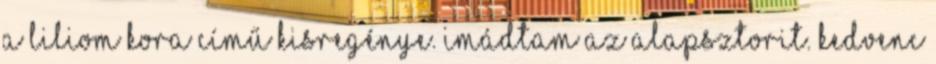
A liliom kora című kisregénye. Imádtam az alapsztorit. Kedvenc